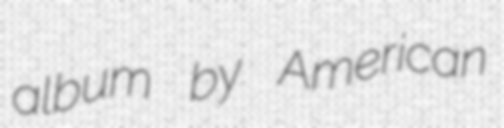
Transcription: album by American